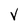
Character: V